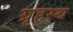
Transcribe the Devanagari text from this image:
ग्रृहस्थ